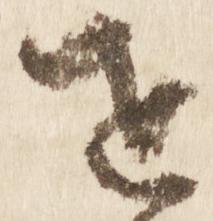
せ